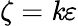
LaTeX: \zeta=\mathit{k}\varepsilon